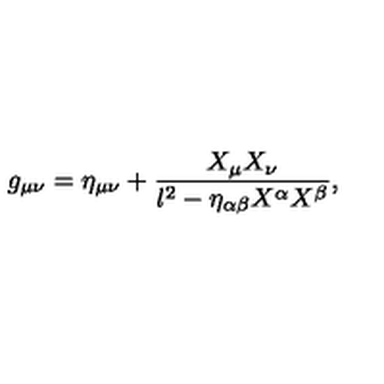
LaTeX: g _ { \mu \nu } = \eta _ { \mu \nu } + \frac { X _ { \mu } X _ { \nu } } { l ^ { 2 } - \eta _ { \alpha \beta } X ^ { \alpha } X ^ { \beta } } ,